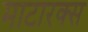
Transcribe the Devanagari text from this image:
माटारक्स